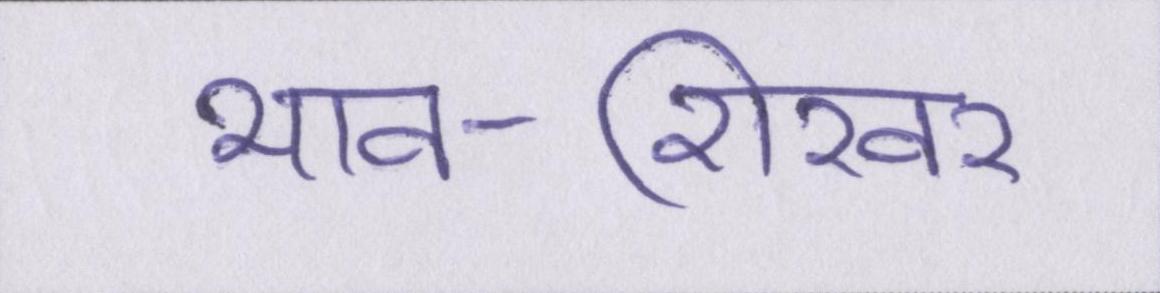
भाव-शिखर